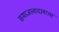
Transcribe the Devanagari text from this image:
समाजावादावरचा